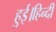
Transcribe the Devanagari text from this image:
हुई।हिन्दी